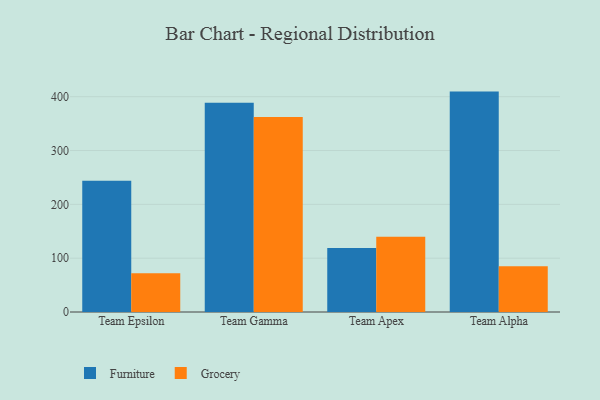
{"axis": {"x": "Team", "y": "Temperature (°C)"}, "legend": ["Furniture", "Grocery"], "data": [{"x": "Team Epsilon", "y": 243.8, "type": "Furniture"}, {"x": "Team Epsilon", "y": 72.2, "type": "Grocery"}, {"x": "Team Gamma", "y": 388.8, "type": "Furniture"}, {"x": "Team Gamma", "y": 362.3, "type": "Grocery"}, {"x": "Team Apex", "y": 118.8, "type": "Furniture"}, {"x": "Team Apex", "y": 139.6, "type": "Grocery"}, {"x": "Team Alpha", "y": 409.5, "type": "Furniture"}, {"x": "Team Alpha", "y": 85.2, "type": "Grocery"}]}